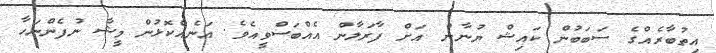
އިތުބާރެއްގެ ސަބަބުން ކައިޝް ޔުނާން އަށް ފާރަލާން އެއްބަސްވީއެވެ. އަނެއްކޮޅުން މީޝާ ނުފެންނަހާ